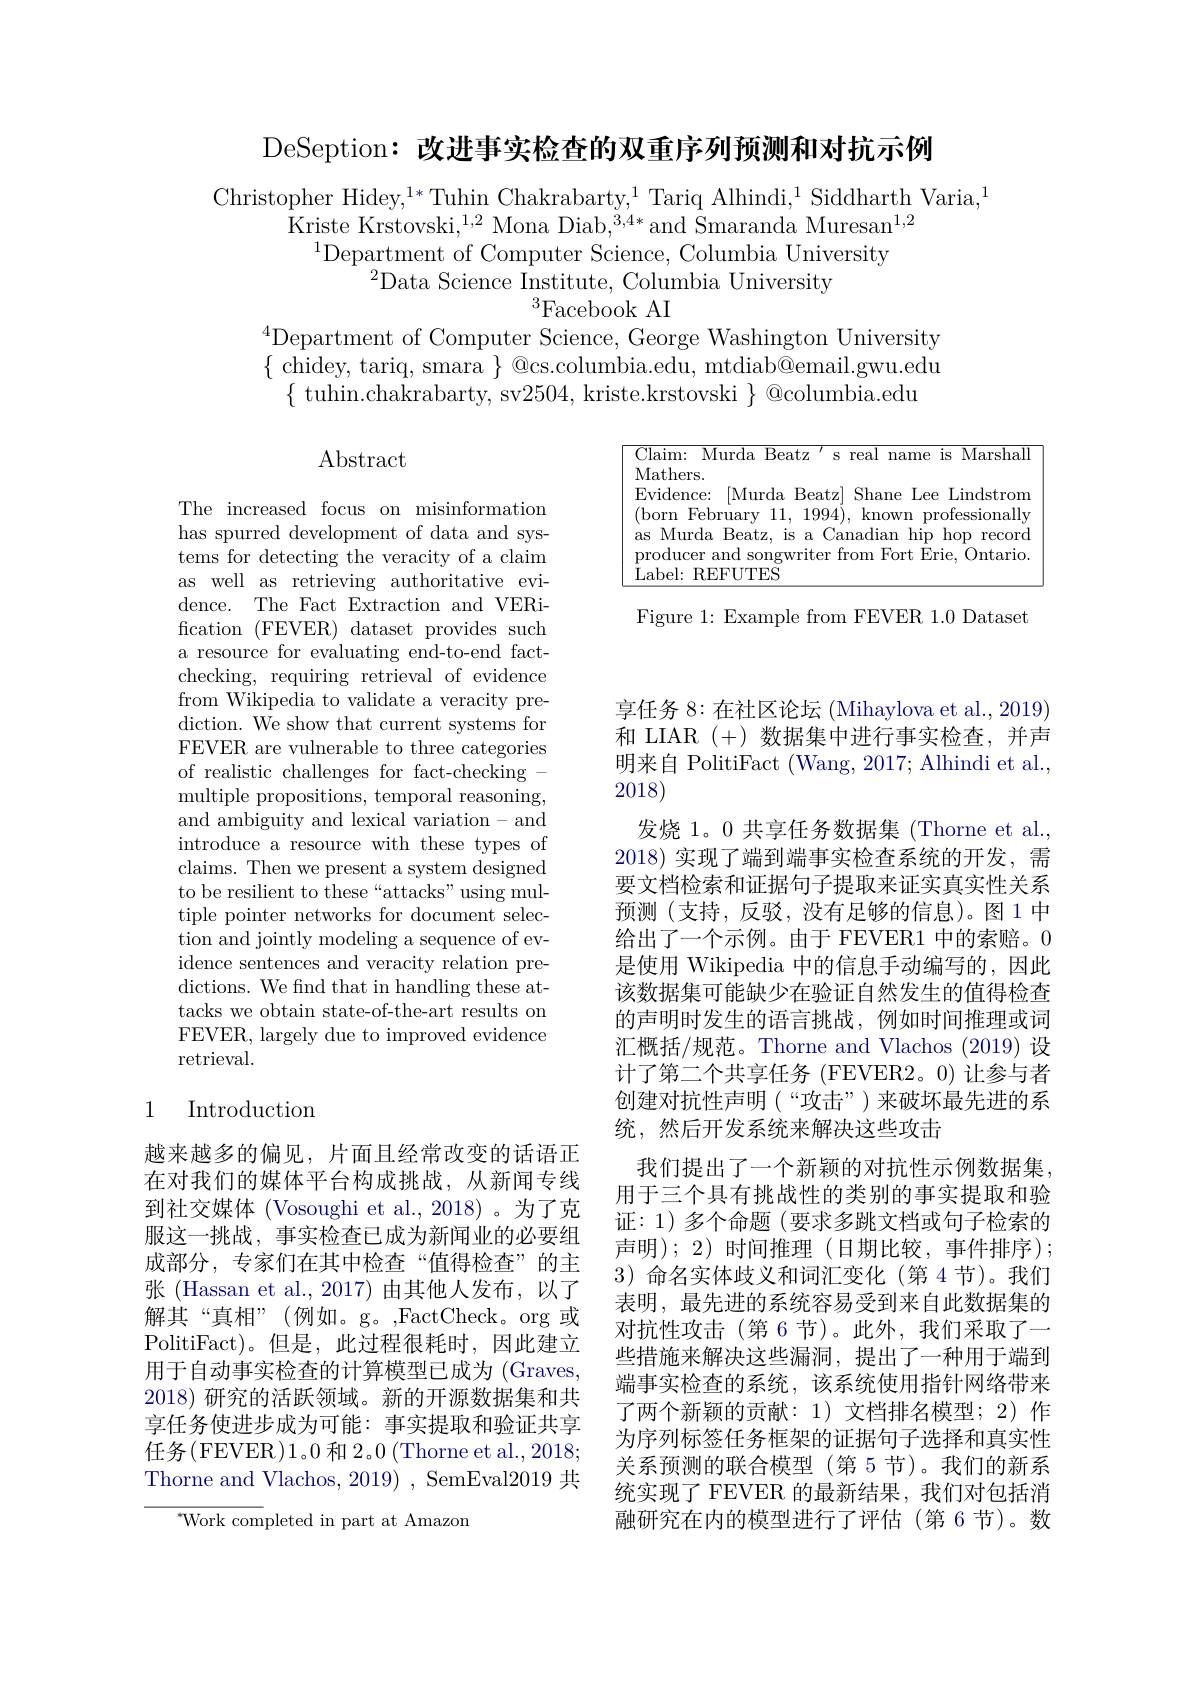
DeSeption: 改进事实检查的双重序列预测和对抗示例

Christopher Hidey,$^1*$Tuhin Chakrabarty,$^1$Tariq Alhindi,$^1$Siddharth Varia,$^1$
${\dot{\text{Kriste Krstovski,}}^{1,2}}{\mathrm{~Mona~Diab,}}^{3,4*}{\mathrm{~and~}}{\dot{\text{Smaranda Muresan}}}^{1,2}$
$^{1}$Department of Computer Science, Columbia University
$^{2}$Data Science Institute, Columbia University
$^3$Facebook AI
$^{4}$Department of Computer Science, George Washington University

$\{$ chidey, tariq, smara $\}$ @cs.columbia.edu, mtdiab@email.gwu.edu
$\{$ tuhin.chakrabarty, sv2504, kriste.krstovski $\}$ @columbia.edu

$\operatorname{Abstract}$

<FigureHere>

Figure 1: Example from FEVER 1.0 Dataset

The increased focus on misinformation has spurred development of data and systems for detecting the veracity of a claim as well as retrieving authoritative evidence. The Fact Extraction and VERification (FEVER) dataset provides such a resource for evaluating end-to-end factchecking, requiring retrieval of evidence from Wikipedia to validate a veracity prediction. We show that current systems for FEVER are vulnerable to three categories of realistic challenges for fact-checking - multiple propositions, temporal reasoning, and ambiguity and lexical variation-and introduce a resource with these types of claims. Then we present a system designed to be resilient to these “attacks”using multiple pointer networks for document selection and jointly modeling a sequence of evidence sentences and veracity relation predictions. We find that in handling these attacks we obtain state-of-the-art results on FEVER, largely due to improved evidence retrieval.

## 1 Introduction

享任务 8: 在社区论坛 (Mihaylova et al., 2019) 和 LIAR (+)数据集中进行事实检查，并声明来自 PolitiFact (Wang, 2017; Alhindi et al., 2018)
发烧 1。0 共享任务数据集 (Thorne et al., 2018) 实现了端到端事实检查系统的开发，需要文档检索和证据句子提取来证实真实性关系预测(支持，反驳，没有足够的信息)。图1中给出了一个示例。由于 FEVER1 中的索赔。0是使用 Wikipedia 中的信息手动编写的，因此该数据集可能缺少在验证自然发生的值得检查的声明时发生的语言挑战，例如时间推理或词汇概括/规范。Thorne and Vlachos (2019) 设计了第二个共享任务 (FEVER2。0) 让参与者创建对抗性声明(“攻击”)来破坏最先进的系统，然后开发系统来解决这些攻击
我们提出了一个新颖的对抗性示例数据集， 用于三个具有挑战性的类别的事实提取和验证：1) 多个命题 (要求多跳文档或句子检索的声明);2)时间推理(日期比较，事件排序); 3)命名实体歧义和词汇变化(第 4 节)。我们表明，最先进的系统容易受到来自此数据集的对抗性攻击(第6节)。此外，我们采取了一些措施来解决这些漏洞，提出了一种用于端到端事实检查的系统，该系统使用指针网络带来了两个新颖的贡献：1)文档排名模型；2)作为序列标签任务框架的证据句子选择和真实性关系预测的联合模型(第5节)。我们的新系统实现了 FEVER 的最新结果，我们对包括消融研究在内的模型进行了评估(第6节)。数

越来越多的偏见，片面且经常改变的话语正在对我们的媒体平台构成挑战，从新闻专线到社交媒体 (Vosoughi et al., 2018) 。为了克服这一挑战，事实检查已成为新闻业的必要组成部分，专家们在其中检查“值得检查”的主张 (Hassan et al., 2017) 由其他人发布，以了解其“真相”(例如。g。,FactCheck。org 或PolitiFact)。但是，此过程很耗时，因此建立用于自动事实检查的计算模型已成为 (Graves, 2018)研究的活跃领域。新的开源数据集和共享任务使进步成为可能：事实提取和验证共享任务(FEVER)1。0 和 2。0 (Thorne et al., 2018; Thorne and Vlachos, 2019) , SemEval2019 共

${}^{*}$Work completed in part at Amazon